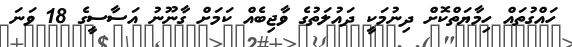
ހައްގުތައް ހިމާޔަތްކޮށް ދިނުމަކީ ދައުލަތުގެ ވާޖިބެއް ކަމަށް ގާނޫނު އަސާސީގެ 18 ވަނަ